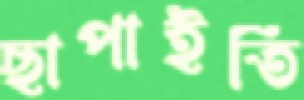
ছাপাইতি